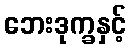
ဘေးဒုက္ခနှင့်